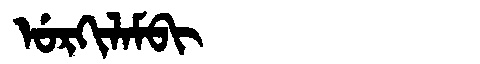
Manchu: ᡠᡵᡴᡳᠯᠠᠮᠪᡳ
Romanization: URKILAMBI